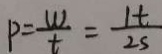
P = \frac { W } { t } = \frac { 1 t } { 2 S }